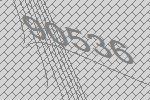
90536